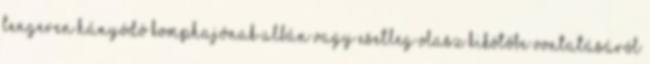
tengeren hányódó komphajónak albán vagy esetleg olasz kikötőbe vontatásáról